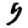
Digit: 5